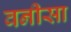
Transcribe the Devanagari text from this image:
वनीसा